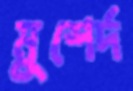
মুশের্দ